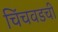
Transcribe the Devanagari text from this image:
चिंचवडची